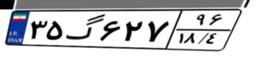
۳۵گ۶۲۷۹۶